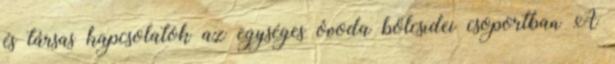
és társas kapcsolatok az egységes óvoda bölcsıdei csoportban A